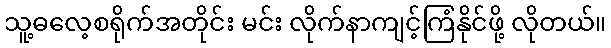
သူ့ဓလေ့စရိုက်အတိုင်း မင်း လိုက်နာကျင့်ကြံနိုင်ဖို့ လိုတယ်။